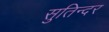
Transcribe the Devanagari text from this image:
सुतिन्दर